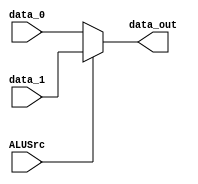
module Mux5(data_out, data_0, data_1, ALUSrc);

input 	[31:0] data_0;
input 	[31:0] data_1;
input	ALUSrc;

output	[31:0] data_out;

assign  	data_out = (ALUSrc)?	data_1 : data_0;

endmodule